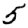
Digit: 5